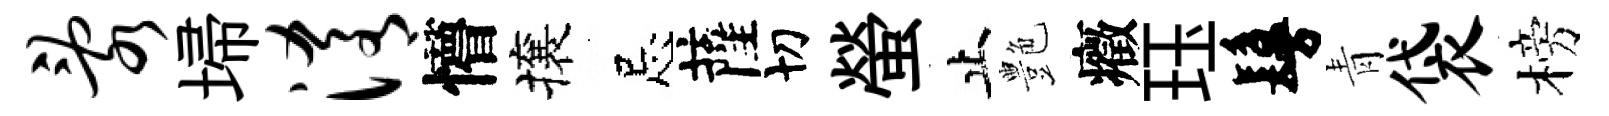
乱埽淆懵攘忌薩切螢止艶癥珏鬘青袋榜